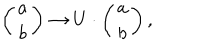
\left( \begin{array} { c } { { { a } } } \\ { { { b } } } \\ \end{array} \right) \to U \cdot \left( \begin{array} { c } { { a } } \\ { { b } } \\ \end{array} \right) ,